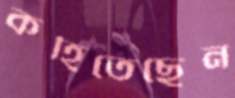
কহিতেছেন